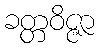
ခတ္တဝိဇ္ဇာ